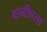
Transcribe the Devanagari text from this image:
बानीएसा